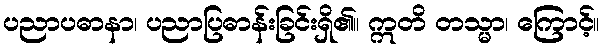
ပညာပဓာနာ၊ ပညာပြဓာန်းခြင်းရှိ၏။ ဣတိ တသ္မာ၊ ကြောင့်။